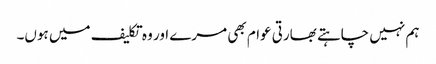
ہم نہیں چاہتے بھارتی عوام بھی مرے اور وہ تکلیف میں ہوں۔